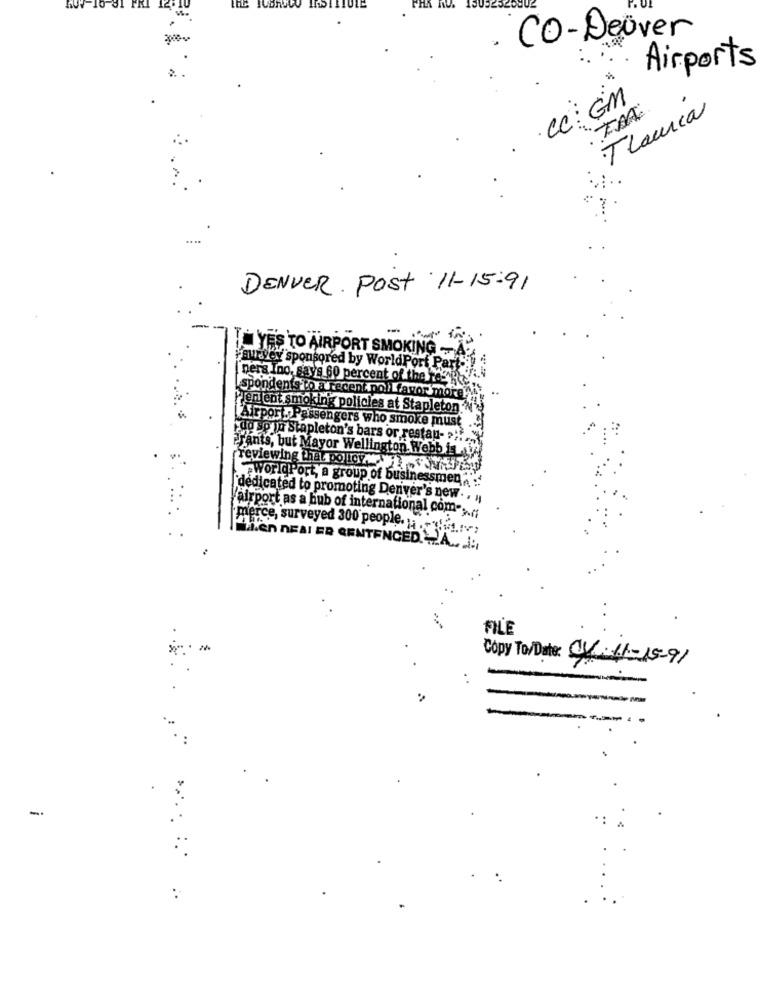
300-
CO-Deover
Airports
cc:EM
Tlauria
DENVER Post 11- 15:91
YES TO AIRPORT SMOKING - A.
survey sponsored by World Port Parts
[pers Ino, says 60 percent of the
spondents to a recent pollfavor more
Pien ent smoking policies at Stapleton
[Airport. Passengers who smoke must
do so ju Stapleton's bars or restau- ?!!
Prants, but Mayor Wellington Webb is
rreviewing that pollov.
worldPort, a group of businessmen"
"dedicated to promoting Denver's new
'airport as a hub of international com-> ..
merce, surveyed 300 people. ... "( !....
n DEAI ER GENTENCED. . 2A .. .
FILE
Copy To/Date: CV- 11- 15-91
------
-